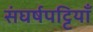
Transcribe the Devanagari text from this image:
संघर्षपट्टियाँ